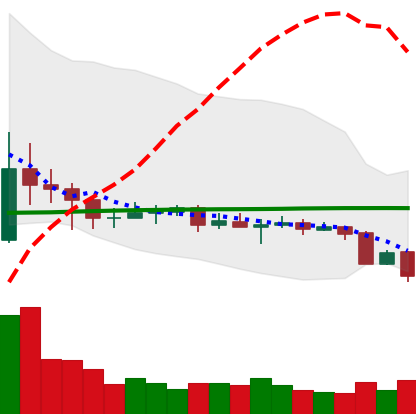
Ticker: EOS-USD
Chart end date: 2020-09-23
Forward return: 5.08%
Label: up_5_7